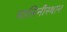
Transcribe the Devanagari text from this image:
मालिनीस्थान